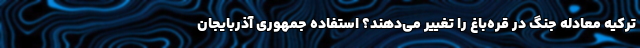
ترکیه معادله جنگ در قره‌باغ را تغییر می‌دهند؟ استفاده جمهوری آذربایجان